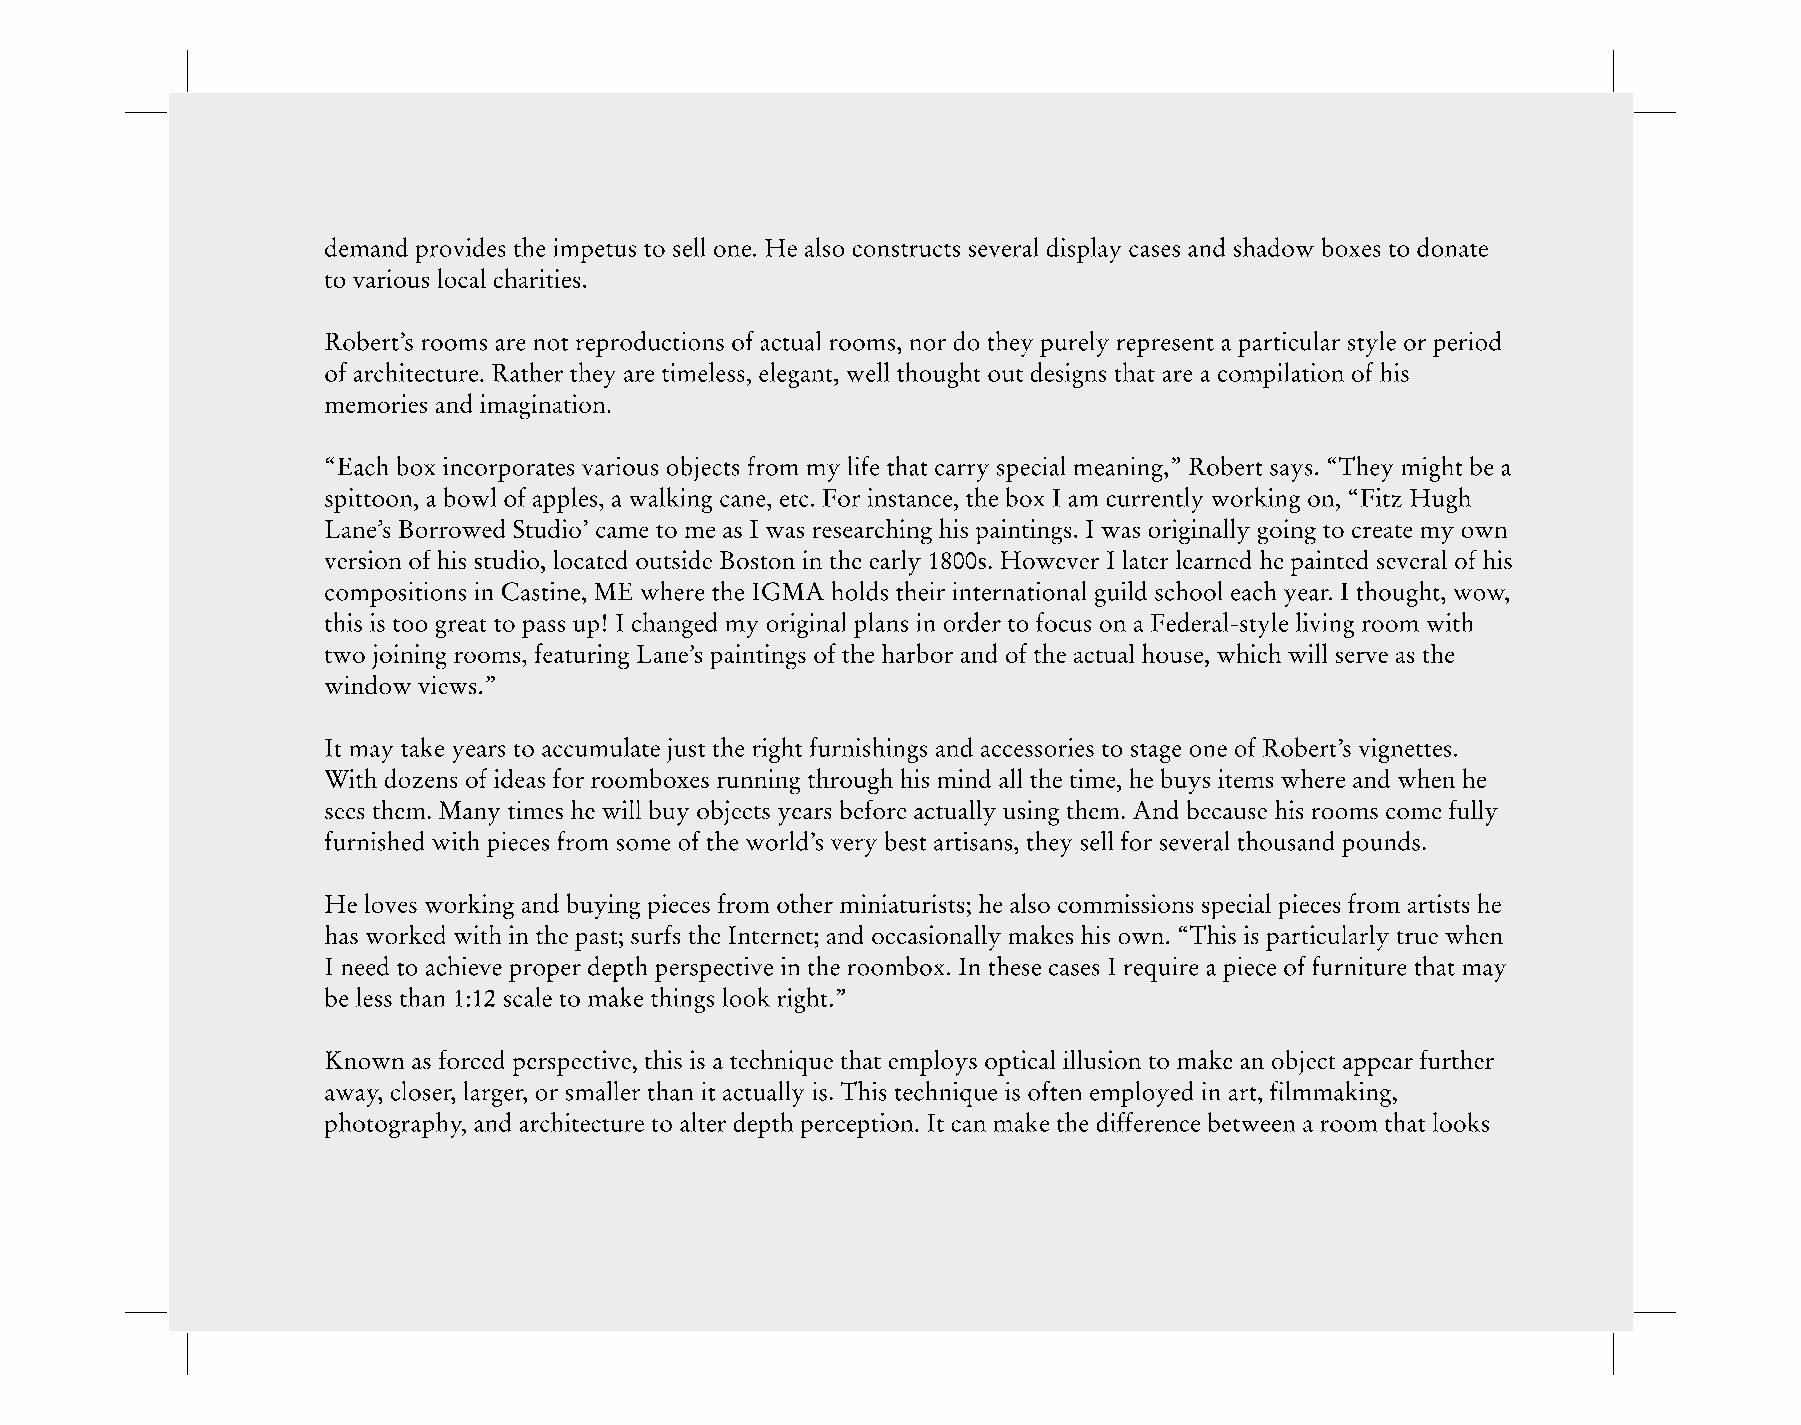
demand provides the impetus to sell one. He also constructs several display cases and shadow boxes to donate
 to various local charities.
 Robert’s rooms are not reproductions of actual rooms, nor do they purely represent a particular style or period
 of architecture. Rather they are timeless, elegant, well thought out designs that are a compilation of his
 memories and imagination.
 “Each box incorporates various objects from my life that carry special meaning,” Robert says. “They might be a
 spittoon, a bowl of apples, a walking cane, etc. For instance, the box I am currently working on, “Fitz Hugh
 Lane’s Borrowed Studio’ came to me as I was researching his paintings. I was originally going to create my own
 version of his studio, located outside Boston in the early 1800s. However I later learned he painted several of his
 compositions in Castine, ME where the IGMA holds their international guild school each year. I thought, wow,
 this is too great to pass up! I changed my original plans in order to focus on a Federal-style living room with
 two joining rooms, featuring Lane’s paintings of the harbor and of the actual house, which will serve as the
 window views.”
 It may take years to accumulate just the right furnishings and accessories to stage one of Robert’s vignettes.
 With dozens of ideas for roomboxes running through his mind all the time, he buys items where and when he
 sees them. Many times he will buy objects years before actually using them. And because his rooms come fully
 furnished with pieces from some of the world’s very best artisans, they sell for several thousand pounds.
 He loves working and buying pieces from other miniaturists; he also commissions special pieces from artists he
 has worked with in the past; surfs the Internet; and occasionally makes his own. “This is particularly true when
 I need to achieve proper depth perspective in the roombox. In these cases I require a piece of furniture that may
 be less than 1:12 scale to make things look right.”
 Known as forced perspective, this is a technique that employs optical illusion to make an object appear further
 away, closer, larger, or smaller than it actually is. This technique is often employed in art, filmmaking,
 photography, and architecture to alter depth perception. It can make the difference between a room that looks